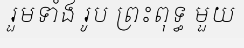
រួមទាំង រូប ព្រះពុទ្ធ មួយ